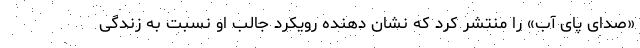
«صدای پای آب» را منتشر کرد که نشان دهنده رویکرد جالب او نسبت به زندگی